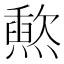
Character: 𬋐